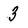
Character: 3